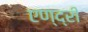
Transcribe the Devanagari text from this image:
एण्द्री